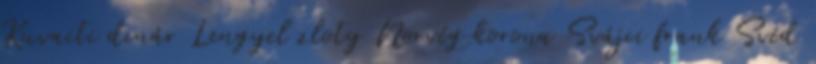
Kuvaiti dinár Lengyel zloty Norvég korona Svájci frank Svéd